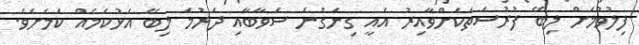
ފިލުވުމަށް ލިބޭ ފުރުސަތަކަށްވާއިރު އެއީ ގިނަގުނަ ސަވާބާއި ދަރުމަ ލިބޭ އަޅުކަމެއް ކަމަށެވެ.